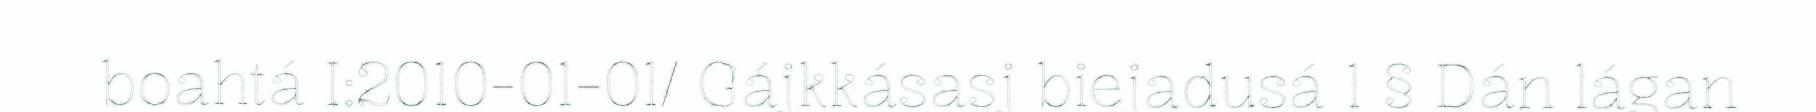
boahtá I:2010-01-01/ Gájkkásasj biejadusá 1 § Dán lágan